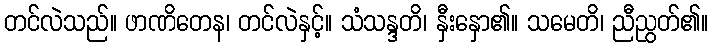
တင်လဲသည်။ ဖာဏိတေန၊ တင်လဲနှင့်။ သံသန္ဒတိ၊ နှီးနှော၏။ သမေတိ၊ ညီညွတ်၏။